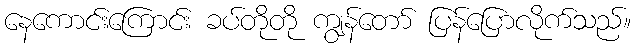
နေကောင်းကြောင်း ခပ်တိုတို ကျွန်တော် ပြန်ပြောလိုက်သည်။